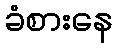
ခံစားနေ